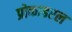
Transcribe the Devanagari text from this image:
प्रोकाइरल